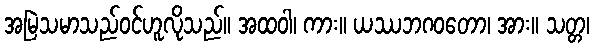
အမြဲသမာသည်ဝင်ဟူလိုသည်။ အထဝါ၊ ကား။ ယဿဘဂဝတော၊ အား။ သတ္တ၊